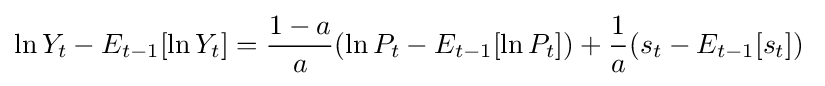
\ln {Y_{t}}-E_{t-1}[\ln {Y_{t}}]={\frac {1-a}{a}}(\ln {P_{t}}-E_{t-1}[\ln {P_{t}}])+{\frac {1}{a}}(s_{t}-E_{t-1}[s_{t}])\;